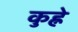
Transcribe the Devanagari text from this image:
कुह्ने